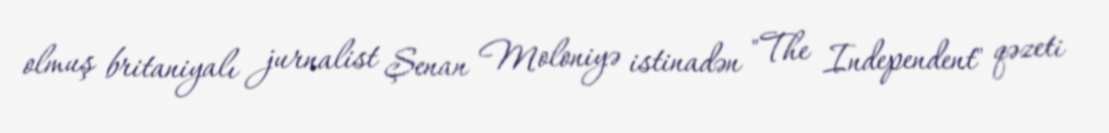
olmuş britaniyalı jurnalist Şenan Moloniyə istinadən "The Independent" qəzeti